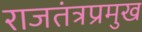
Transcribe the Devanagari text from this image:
राजतंत्रप्रमुख